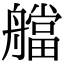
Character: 艡